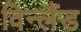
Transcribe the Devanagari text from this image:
विन्लैंड